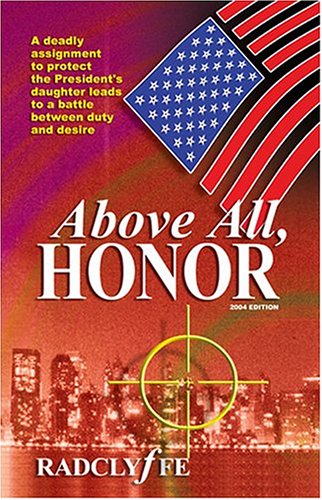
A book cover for Above All, Honor; Radclyffe; Romance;